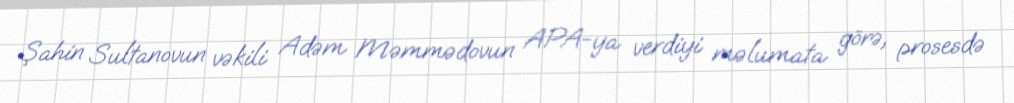
Şahin Sultanovun vəkili Adəm Məmmədovun APA-ya verdiyi məlumata görə, prosesdə